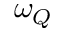
\omega _ { Q }